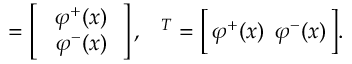
{ \bf \Phi } = \left[ \begin{array} { c } { { \, \, \varphi ^ { + } ( x ) \, } } \\ { { \, \, \varphi ^ { - } ( x ) \, } } \end{array} \right] , \, \, \, { \bf \Phi } ^ { T } = \Big [ \, \varphi ^ { + } ( x ) \, \, \, \varphi ^ { - } ( x ) \, \Big ] .